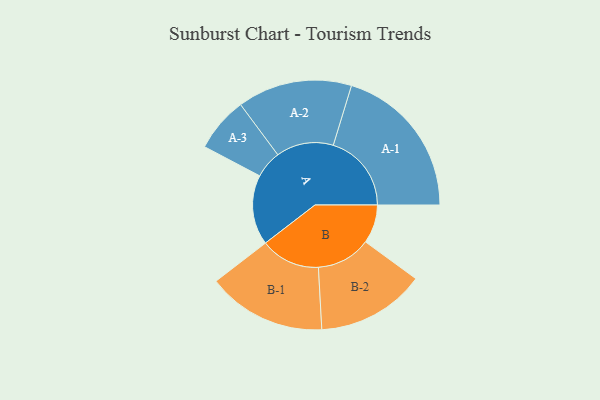
{"axis": {"x": "Segment", "y": "Value"}, "legend": ["", "A", "B"], "data": [{"x": "A", "y": 255, "type": ""}, {"x": "B", "y": 141, "type": ""}, {"x": "A-1", "y": 285, "type": "A"}, {"x": "A-2", "y": 209, "type": "A"}, {"x": "A-3", "y": 100, "type": "A"}, {"x": "B-1", "y": 217, "type": "B"}, {"x": "B-2", "y": 198, "type": "B"}]}